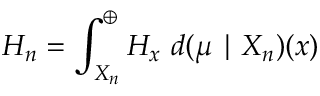
H _ { n } = \int _ { X _ { n } } ^ { \oplus } H _ { x } \ d ( \mu \mid X _ { n } ) ( x )